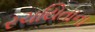
રચયિતાના